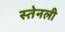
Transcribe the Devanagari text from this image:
स्तेनली